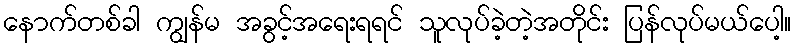
နောက်တစ်ခါ ကျွန်မ အခွင့်အရေးရရင် သူလုပ်ခဲ့တဲ့အတိုင်း ပြန်လုပ်မယ်ပေါ့။